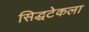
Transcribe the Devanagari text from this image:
सिद्धटेकला